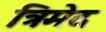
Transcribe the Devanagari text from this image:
त्रिमेद